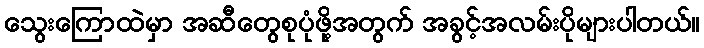
သွေးကြောထဲမှာ အဆီတွေစုပုံဖို့အတွက် အခွင့်အလမ်းပိုများပါတယ်။